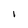
Character: I